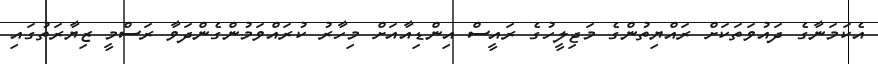
އެކަމަނާގެ ދައުވަތަކަށް ރައްޔިތުންގެ މަޖިލީހުގެ ރައީސް އިންޑިއާއަށް މިހާރު ކުރައްވަމުންގެންދަވާ ރަސްމީ ޒިޔާރަތުގައި